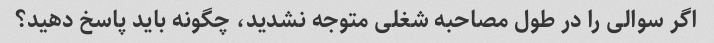
اگر سوالی را در طول مصاحبه شغلی متوجه نشدید، چگونه باید پاسخ دهید؟